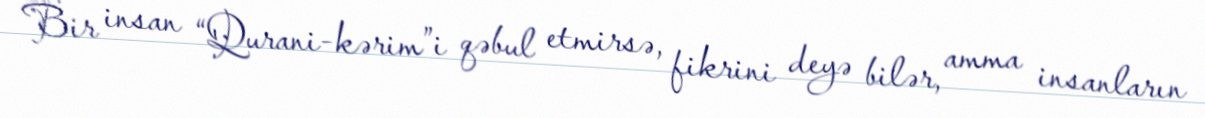
Bir insan “Qurani-kərim”i qəbul etmirsə, fikrini deyə bilər, amma insanların